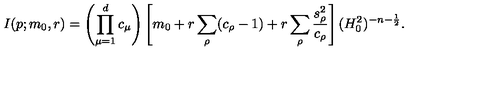
I ( p ; m _ { 0 } , r ) = \left( \prod _ { \mu = 1 } ^ { d } c _ { \mu } \right) \left[ m _ { 0 } + r \sum _ { \rho } ( c _ { \rho } - 1 ) + r \sum _ { \rho } \frac { s _ { \rho } ^ { 2 } } { c _ { \rho } } \right] ( H _ { 0 } ^ { 2 } ) ^ { - n - \frac { 1 } { 2 } } .